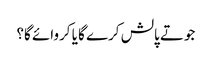
جوتے پالش کرے گا یا کروائے گا؟